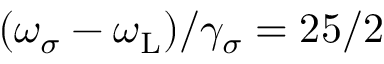
( \omega _ { \sigma } - \omega _ { \mathrm { L } } ) / \gamma _ { \sigma } = 2 5 / 2